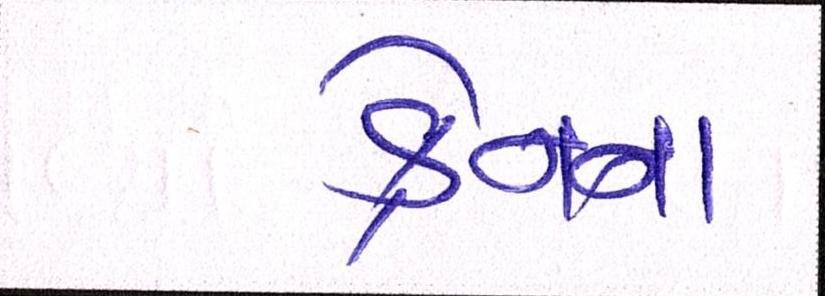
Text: ક્રેનના